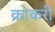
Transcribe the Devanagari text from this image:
क्रोकरी